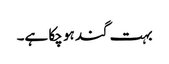
بہت گند ہو چکا ہے۔